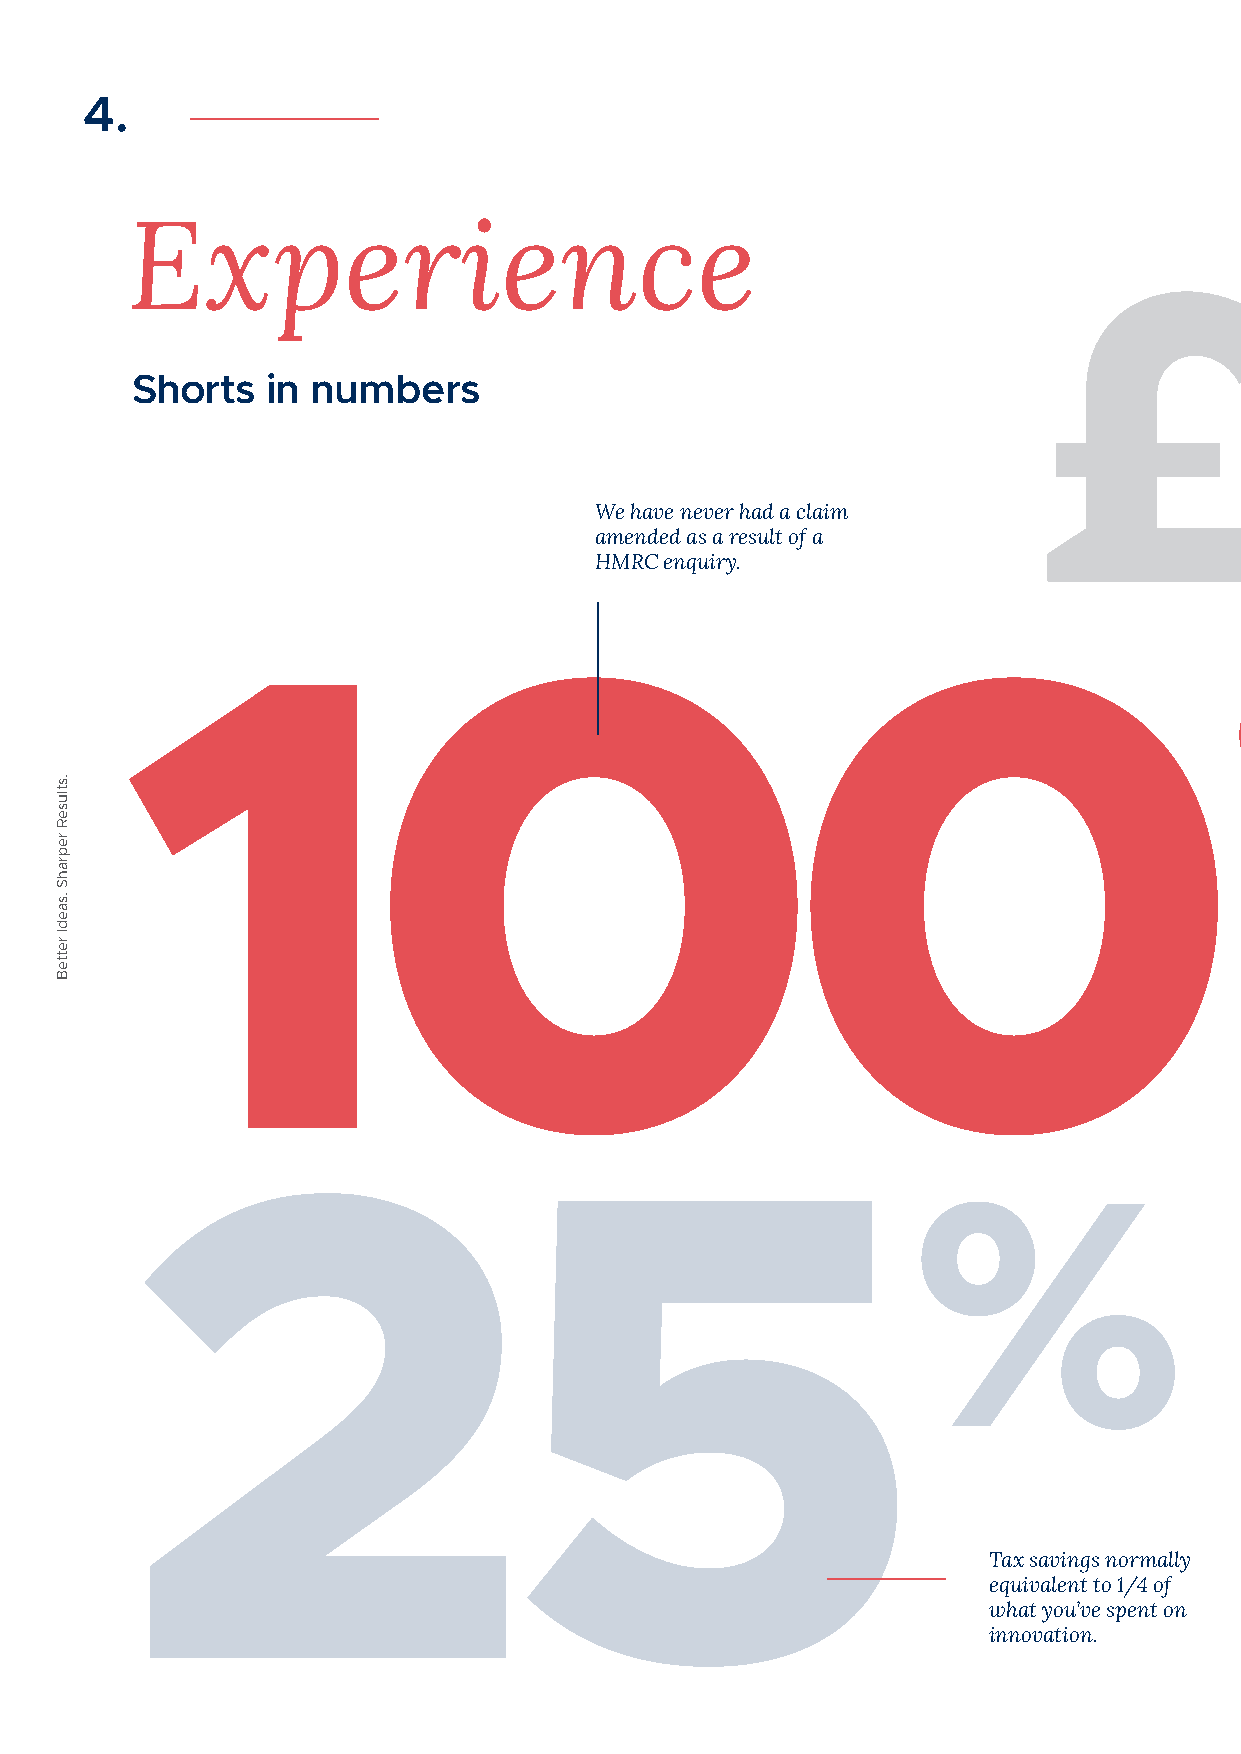
4.
 10
 Experience
 £                                                             m
 Shorts   in numbers
 We have never had a claim
 amended as a result of a
 HMRC enquiry.
 100%
 25
 %
 Tax savings normally
 equivalent to 1/4 of
 what you’ve spent on
 innovation.
 .stluseR
 reprahS
 .saedI
 retteB